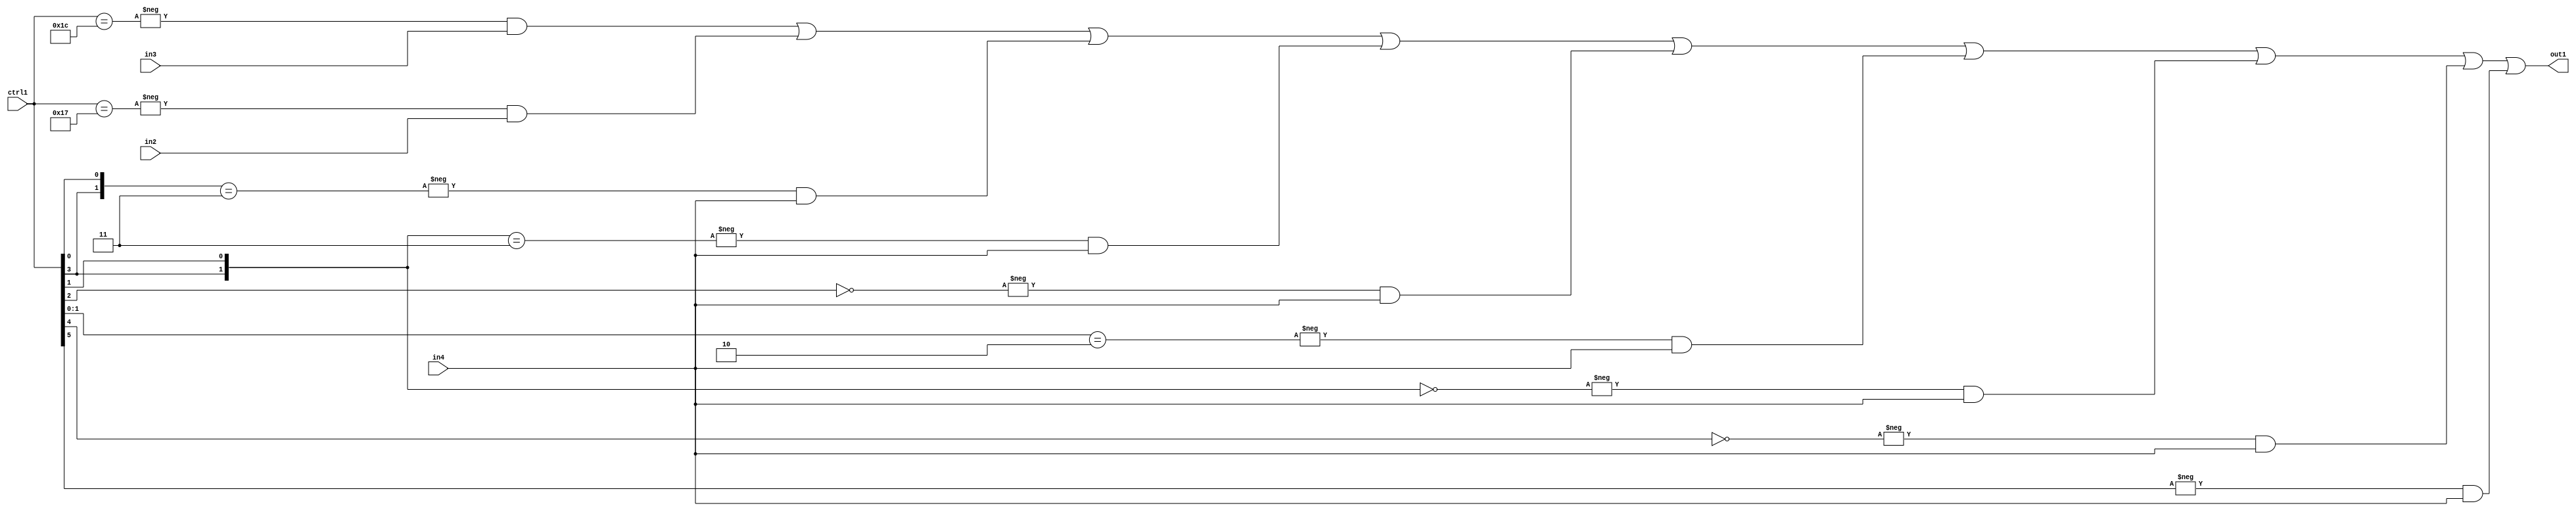
`timescale 1ps / 1ps
/*****************************************************************************
    Verilog RTL Description
    
    
    Created by: Stratus DpOpt 21.05.01 
*******************************************************************************/

module SobelFilter_N_Mux_32_3_98_1 (
	in4,
	in3,
	in2,
	ctrl1,
	out1
	); /* architecture "behavioural" */ 
input [31:0] in4;
input [8:0] in3,
	in2;
input [5:0] ctrl1;
output [31:0] out1;
wire [31:0] asc001;

assign asc001 = 
	-{ctrl1 == 6'B011100} & in3 |
	-{ctrl1 == 6'B010111} & in2 |
	-{{ctrl1[3], ctrl1[0]} == 2'B11} & in4 |
	-{{ctrl1[3], ctrl1[1]} == 2'B11} & in4 |
	-{ctrl1[2] == 1'B0} & in4 |
	-{ctrl1[1:0] == 2'B10} & in4 |
	-{{ctrl1[3], ctrl1[1]} == 2'B00} & in4 |
	-{ctrl1[4] == 1'B0} & in4 |
	-{ctrl1[5] == 1'B1} & in4 ;

assign out1 = asc001;
endmodule

/* CADENCE  vrXwSwg= : u9/ySxbfrwZIxEzHVQQV8Q== ** DO NOT EDIT THIS LINE ******/